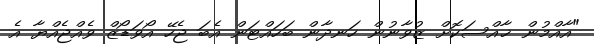
"އާއްމުން ޚާއްސަކޮށް ޒުވާނުން ހަނދާން ބަހައްޓަން އެބަ ޖެހޭ އޯވަޑޯޒް ވެއްޖެއްޔާ އެ